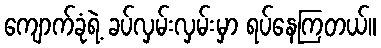
ကျောက်ခုံရဲ့ ခပ်လှမ်းလှမ်းမှာ ရပ်နေကြတယ်။